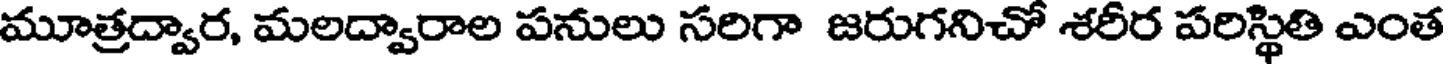
మూత్రద్వార, మలద్వారాల పనులు సరిగా జరుగనిచో శరీర పరిస్థితి ఎంత